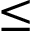
\leq